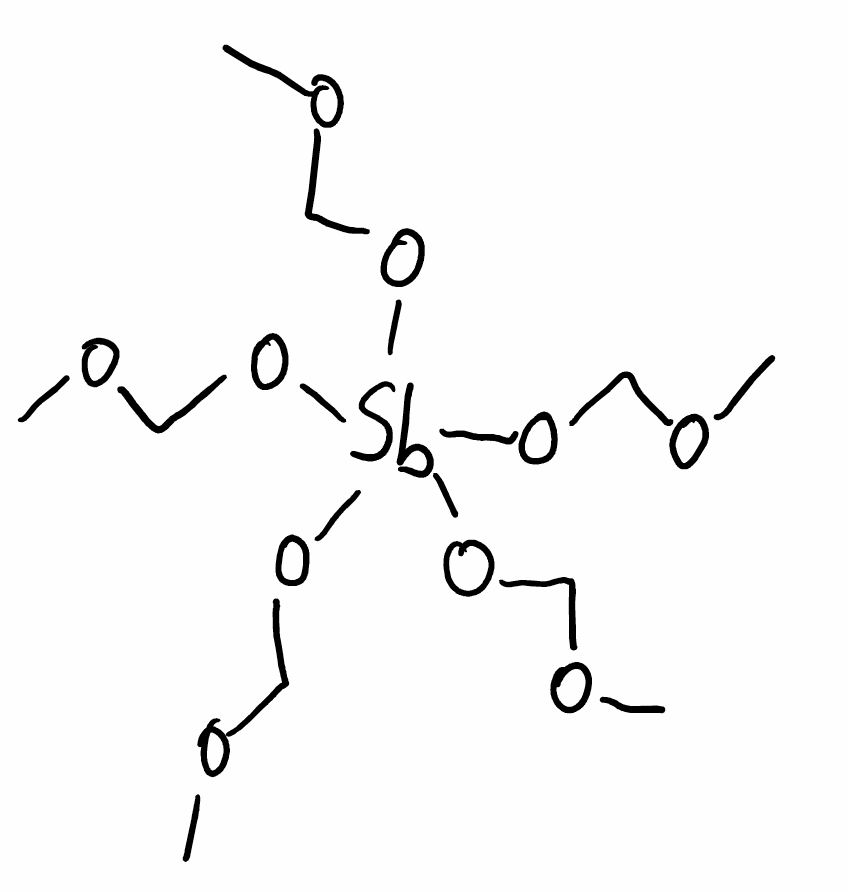
Simplified molecular-input line-entry system (SMILES) notation of the given molecule:
COCO[Sb](OCOC)(OCOC)(OCOC)OCOC